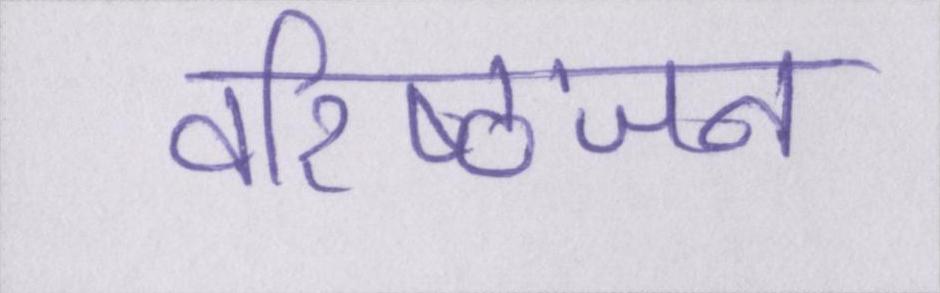
वरिष्ठजन